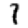
Digit: 1